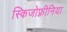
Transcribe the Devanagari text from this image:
स्किजोफ़्रीनिया